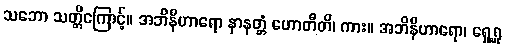
သဘော သတ္တိကြောင့်။ အဘိနီဟာရော နာနတ္တံ ဟောတီတိ၊ ကား။ အဘိနီဟာရော၊ ရှေ့ရှု